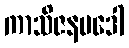
ကာသိဇနပဒေါ